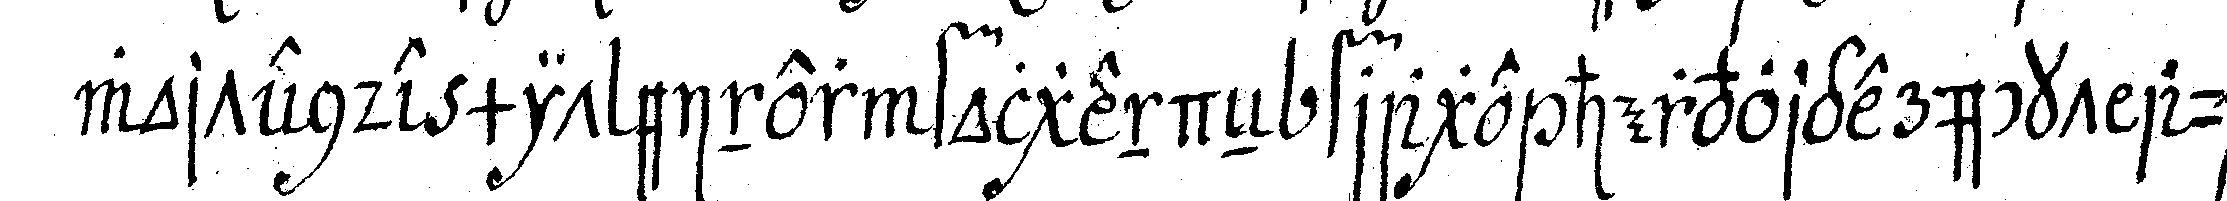
wortende mit einer folgende frage hervorgerückt auch